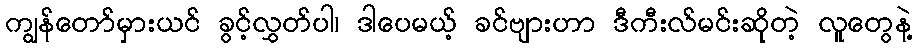
ကျွန်တော်မှားယင် ခွင့်လွှတ်ပါ၊ ဒါပေမယ့် ခင်ဗျားဟာ ဒီကီးလ်မင်းဆိုတဲ့ လူတွေနဲ့